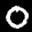
Label: 0